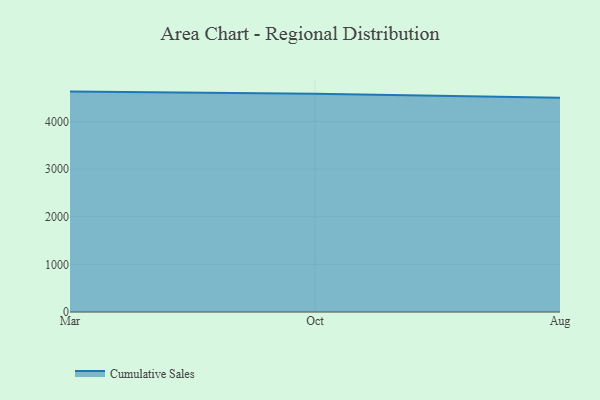
{"axis": {"x": "Month", "y": "Revenue (USD Million)"}, "legend": ["Cumulative Sales"], "data": [{"x": "Mar", "y": 4629.5, "type": "Cumulative Sales"}, {"x": "Oct", "y": 4583.4, "type": "Cumulative Sales"}, {"x": "Aug", "y": 4498.6, "type": "Cumulative Sales"}]}